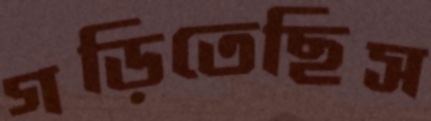
গড়িতেছিস